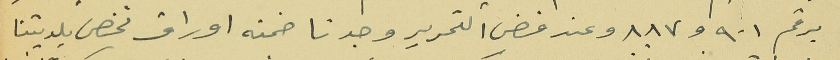
برقم ٩٠١ و٨٨٧ وعند فض التحرير وجدنا ضمنه اوراق تخص بلديتنا